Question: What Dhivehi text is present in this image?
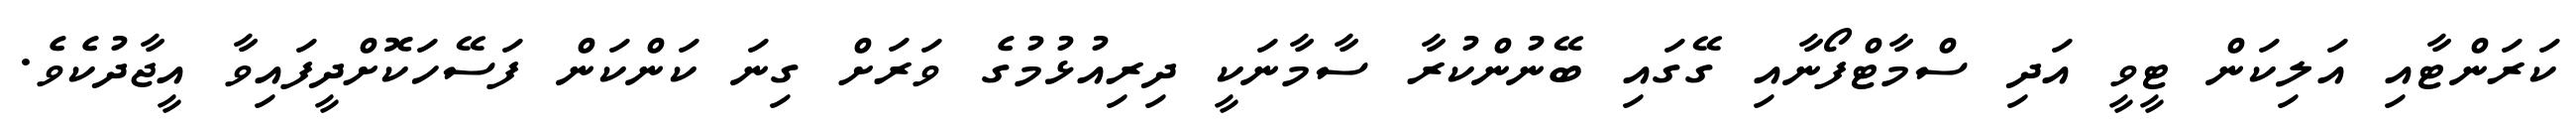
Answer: ކަރަންޓާއި އަލިކަން ޓީވީ އަދި ސްމާޓްފޯނާއި ގޭގައި ބޭނުންކުރާ ސާމާނަކީ ދިރިއުޅުމުގެ ވަރަށް ގިނަ ކަންކަން ފަސޭހަކޮށްދީފައިވާ އީޖާދުކެވެ.